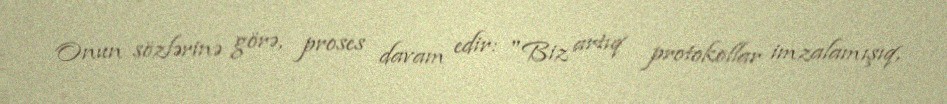
Onun sözlərinə görə, proses davam edir: "Biz artıq protokollar imzalamışıq,